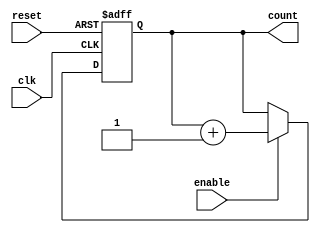
module async_reset_sync_counter #(
    parameter N = 4  // Number of bits for the counter
)(
    input wire clk,          // Clock signal
    input wire reset,        // Asynchronous reset signal
    input wire enable,       // Enable signal
    output reg [N-1:0] count // Count output
);

// Asynchronous reset and synchronous counting logic
always @(posedge clk or posedge reset) begin
    if (reset) begin
        count <= 0; // Reset the counter to 0
    end else if (enable) begin
        count <= count + 1; // Increment the counter
    end
end

endmodule